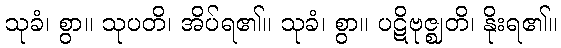
သုခံ၊ စွာ။ သုပတိ၊ အိပ်ရ၏။ သုခံ၊ စွာ။ ပဋိဗုဇ္ဈတိ၊ နိုးရ၏။